Lunatic asylums Central Provinces reports 1895-1909 - 1895-1909
Year: 1895
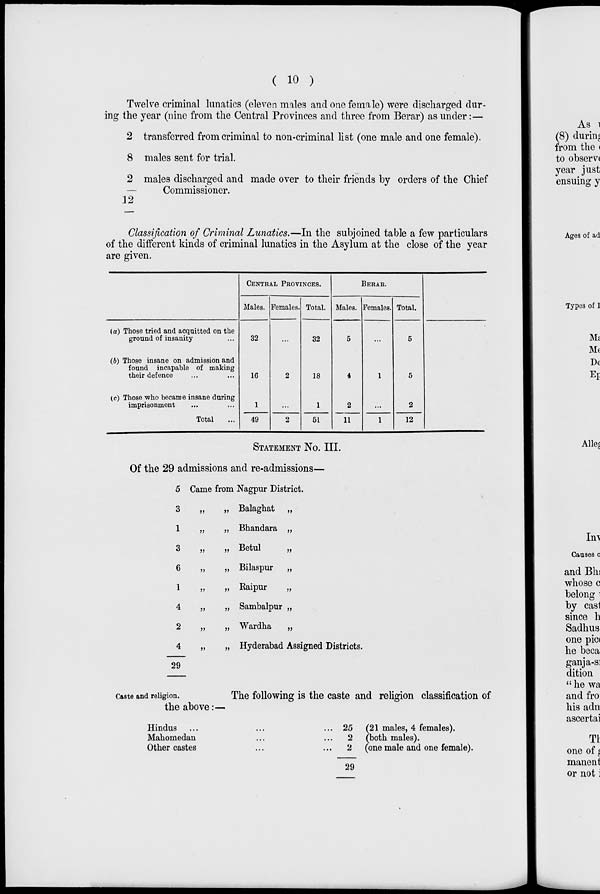
( 10 )
Twelve criminal lunatics (eleven males and one female) were discharged dur-
ing the year (nine from the Central Provinces and three from Berar) as under :—
2
8
2
12
transferred from criminal to non-criminal list (one male and one female).
males sent for trial.
males discharged and made over to their friends by orders of the Chief
Commissioner.
Classification of Criminal Lunatics.—In the subjoined table a few particulars
of the different kinds of criminal lunatics in the Asylum at the close of the year
are given.
(a)
(b)
(c)
Those tried and acquitted on the
ground of insanity ...
Those insane on admission and
found incapable of making
their defence ... ...
Those who became insane during
imprisonment ... ...
Total ...
CENTRAL PROVINCES.
Males.
32
16
1
49
Females.
...
2
...
2
Total.
32
18
1
51
BERAR.
Males.
5
4
2
11
Females.
...
1
...
1
Total.
5
5
2
12
STATEMENT No. III.
Of the 29 admissions and re-admissions—
5
3
1
3
6
1
4
2
4
29
Came from Nagpur District.
„ „
„ „
„ „
„ „
„ „
„ „
„ „
„ „
Balaghat „
Bhandara „
Betul
„
Bilaspur
„
Raipur
„
Sambalpur „
Wardha
„
Hyderabad Assigned Districts.
Caste and religion.
The following is the caste and religion classification of
the above :—
Hindus ... ... ...
Mahomedan ... ... ...
Other castes ... ...
25
2
2
29
(21 males, 4 females).
(both males).
(one male and one female).